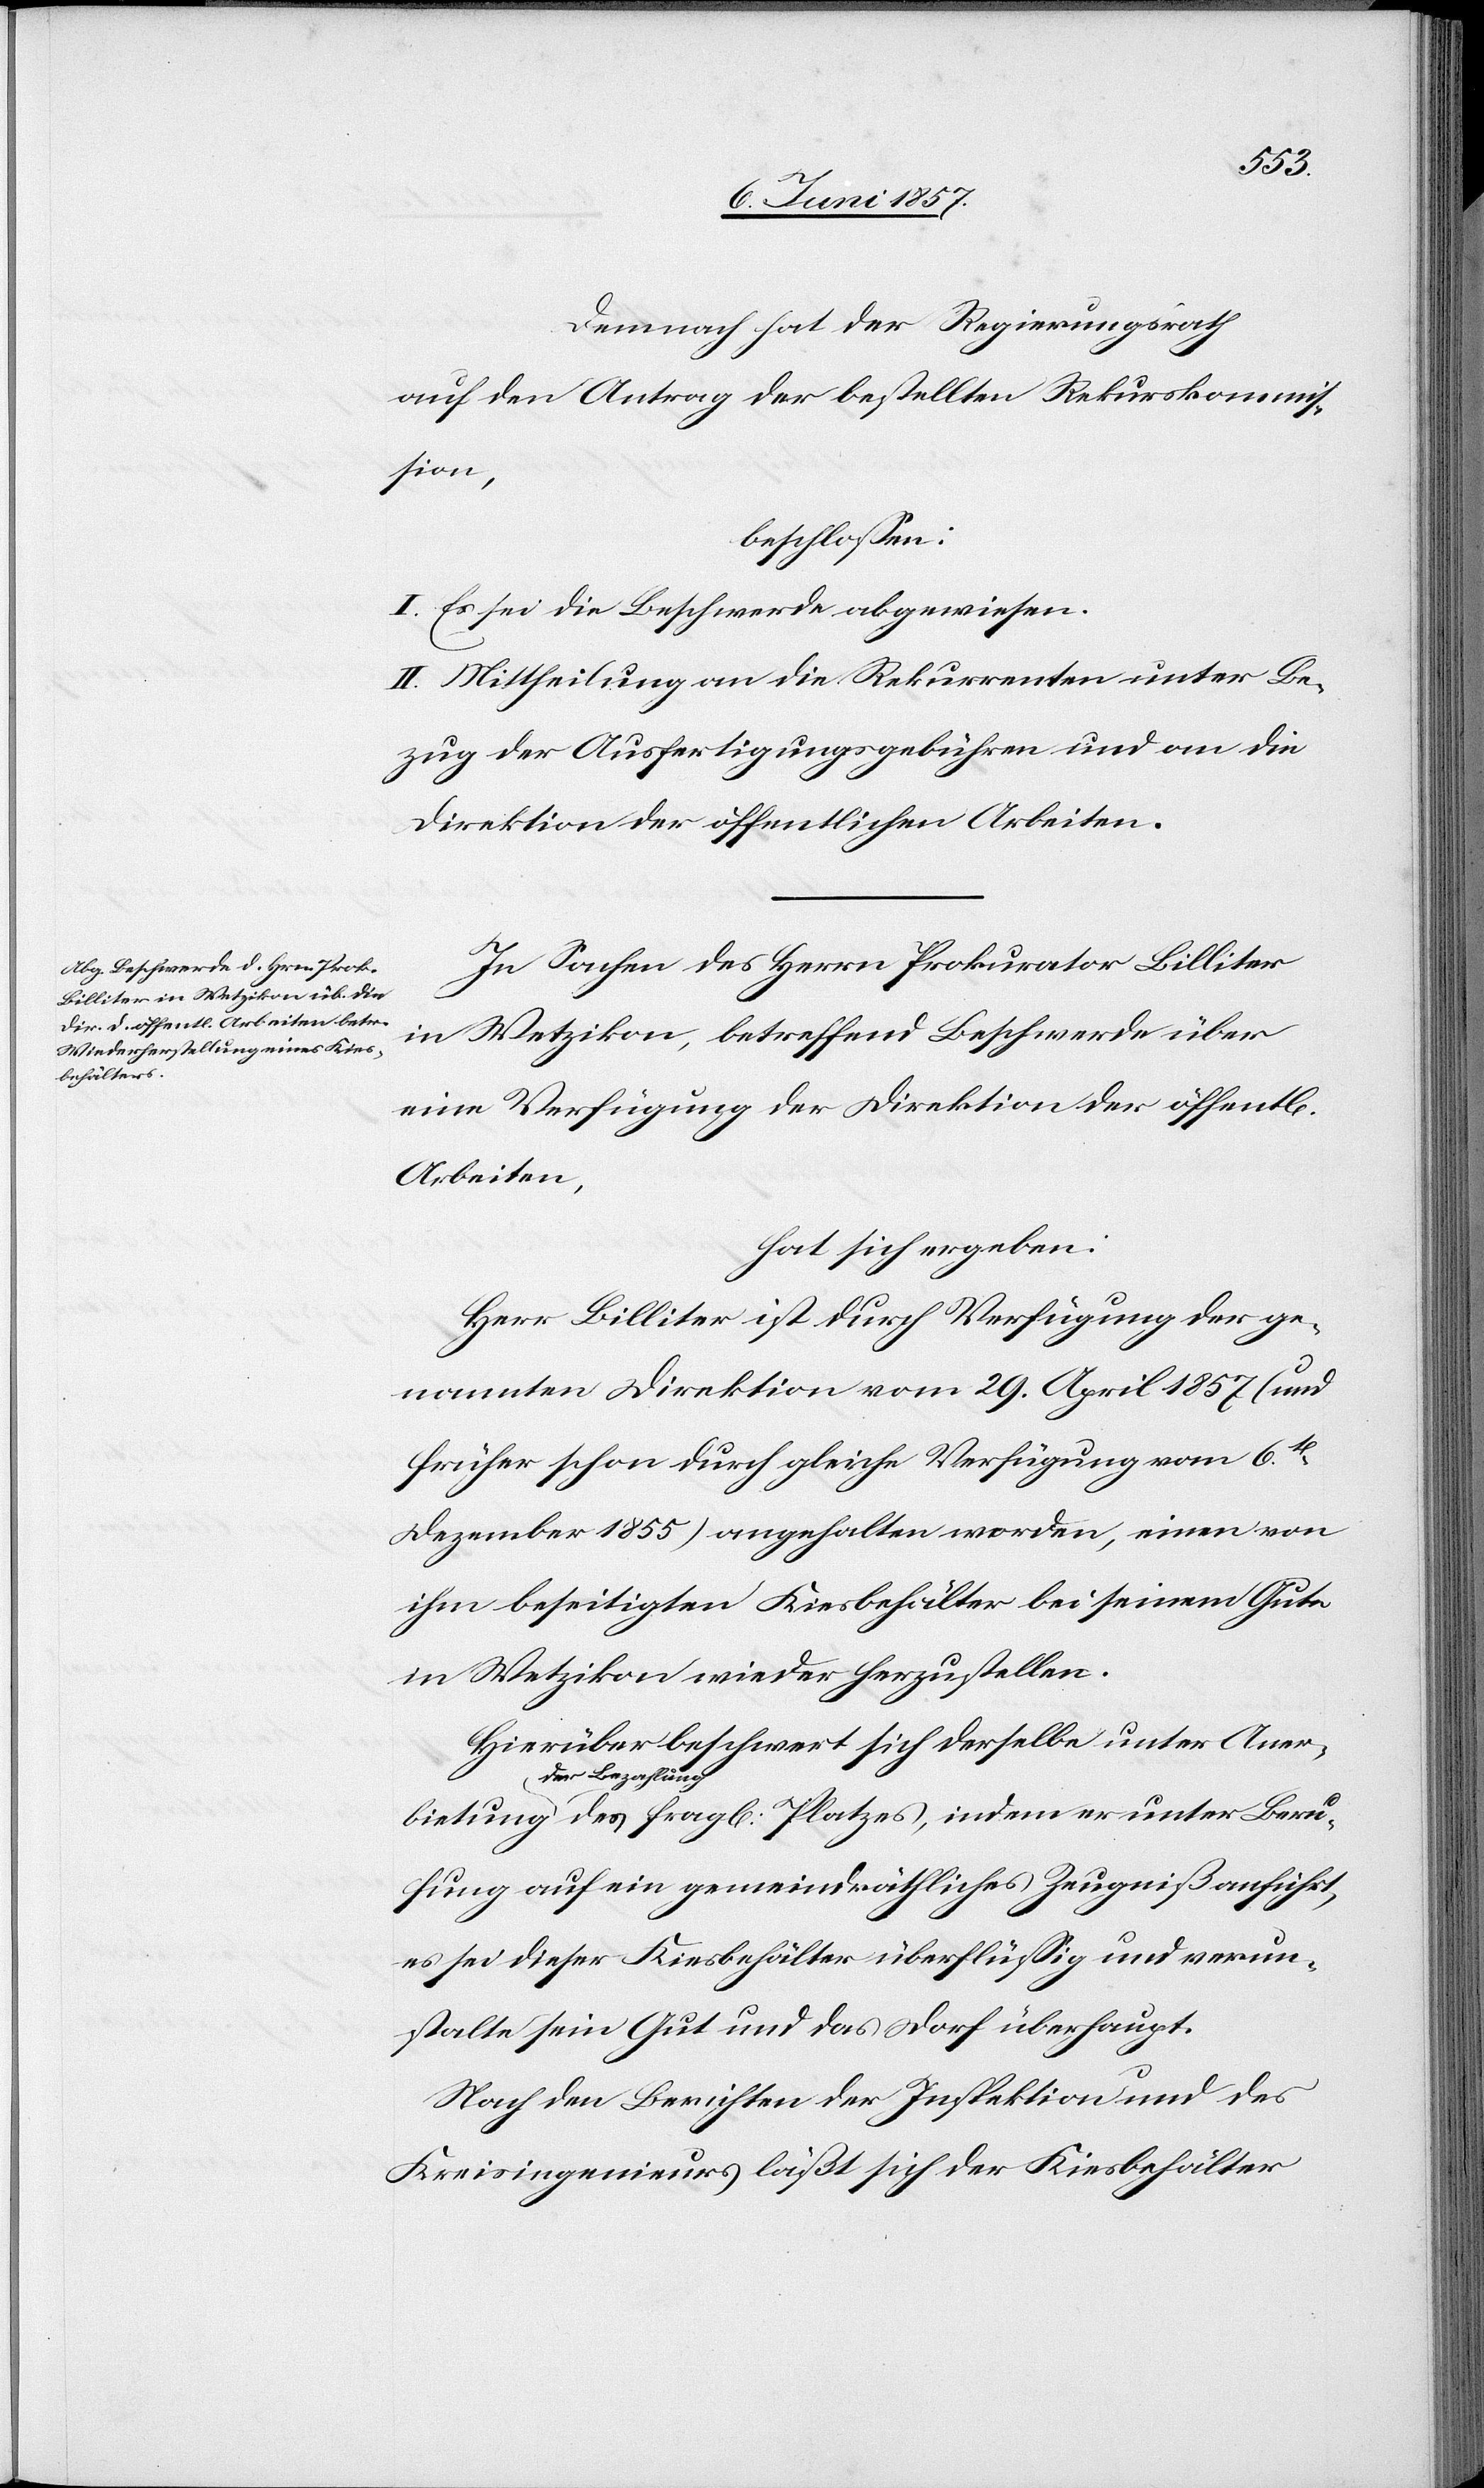
Beru¬
Demnach hat der Regierungsrath
auf den Antrag der bestellten Rekurskommis¬
bietung
beschlossen:
I. Es sei die Beschwerde abgewiesen.
II. Mittheilung an die Rekurrenten unter Be¬
zug der Ausfertigungsgebühren und an die
Direktion der öffentlichen Arbeiten.
In Sachen des Herrn Prokurator Billiter
in Wetzikon, betreffend Beschwerde über
eine Verfügung der Direktion der öffentl.
Arbeiten,
hat sich ergeben:
Herr Billiter ist durch Verfügung der ge¬
nannten Direktion vom 29 April 1857 (und
früher schon durch gleiche Verfügung vom 6ten
Dezember 1855) angehalten worden, einen von
ihm beseitigten Kiesbehälter bei seinem Gute
in Wetzikon wieder herzustellen.
Hierüber beschwert sich derselbe unter Aner¬
der Bezahlung
fung auf ein gemeindräthliches Zeugniß anführt,
es sei dieser Kiesbehälter überflüßig und verun¬
staltet sein Gut und das Dorf überhaupt.
Nach den Berichten der Inspektion und des
Kreisingenieurs läßt sich der Kiesbehälter